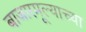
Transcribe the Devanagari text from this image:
बाजारमूल्याच्या